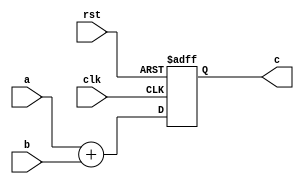

module PC_Adder (
	input          clk,rst,
  input      [31:0]a,b,
  output reg [31:0]c
);

always @(posedge clk ,negedge rst)
begin
		if(!rst)
			c <= 32'h0000_0000;
		else
			c <= a + b;
end

endmodule